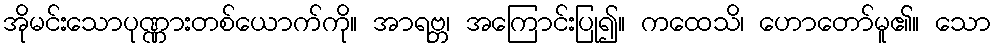
အိုမင်းသောပုဏ္ဏားတစ်ယောက်ကို။ အာရဗ္ဘ၊ အကြောင်းပြု၍။ ကထေသိ၊ ဟောတော်မူ၏။ သော